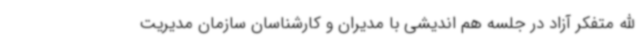
الله متفکر آزاد در جلسه هم اندیشی با مدیران و کارشناسان سازمان مدیریت